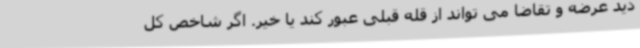
دید عرضه و تقاضا می تواند از قله قبلی عبور کند یا خیر. اگر شاخص کل